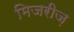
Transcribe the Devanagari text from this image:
मिजरीज़